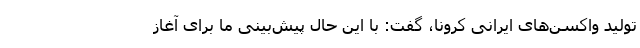
تولید واکسن‌های ایرانی کرونا،‌ گفت: با این حال پیش‌بینی ما برای آغاز